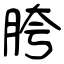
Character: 胯